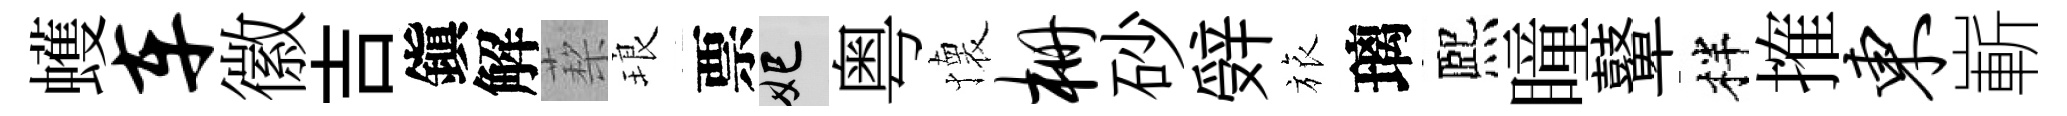
蠖车徽吉鎭解蔾琅票妃粤懐栅砂辤旅璃熈瞳鼙柈搉东嶄